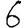
Digit: 6